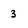
Character: 3